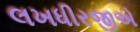
લખધીરજીએ